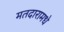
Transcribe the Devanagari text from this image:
मतदारामधे